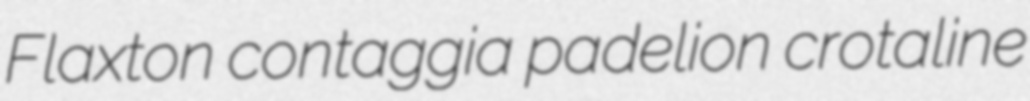
Flaxton contaggia padelion crotaline